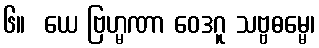
၆။  ယေ ဗြဟ္မဏာ ဝေဒဂူ သဗ္ဗဓမ္မေ၊